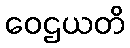
ဝေဌယတိ